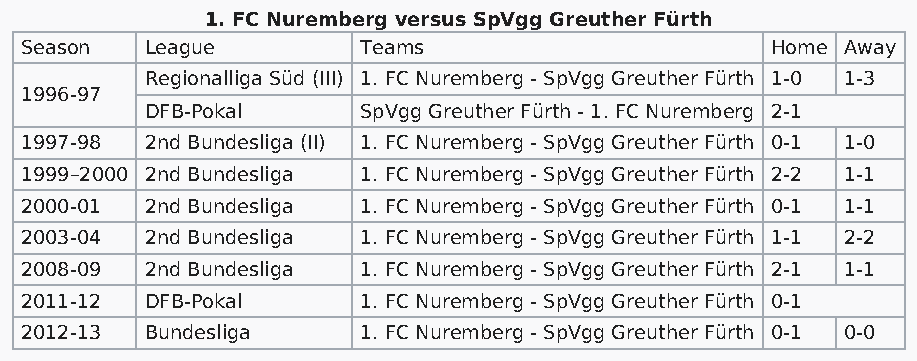
1. FC Nuremberg versus SpVgg Greuther Fürth
 Season   League        Teams                      Home Away
 Regionalliga Süd (III) 1. FC Nuremberg - SpVgg Greuther Fürth 1-0 1-3
 1996-97
 DFB-Pokal     SpVgg Greuther Fürth - 1. FC Nuremberg 2-1
 1997-98  2nd Bundesliga (II) 1. FC Nuremberg - SpVgg Greuther Fürth 0-1 1-0
 1999–2000 2nd Bundesliga 1. FC Nuremberg - SpVgg Greuther Fürth 2-2 1-1
 2000-01  2nd Bundesliga 1. FC Nuremberg - SpVgg Greuther Fürth 0-1 1-1
 2003-04  2nd Bundesliga 1. FC Nuremberg - SpVgg Greuther Fürth 1-1 2-2
 2008-09  2nd Bundesliga 1. FC Nuremberg - SpVgg Greuther Fürth 2-1 1-1
 2011-12  DFB-Pokal     1. FC Nuremberg - SpVgg Greuther Fürth 0-1
 2012-13  Bundesliga    1. FC Nuremberg - SpVgg Greuther Fürth 0-1 0-0